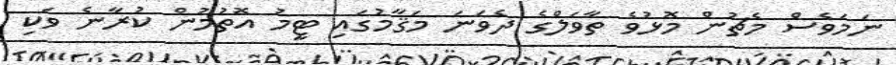
ނަމަވެސް މެޗުން މޮޅުވެ ތާވަލްގެ ދެވަނަ މަޤާމުގައި ޓީމު އޮތުމުން ކުރާނެ ވަކި